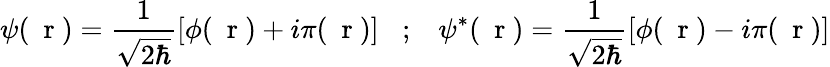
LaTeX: \psi(\mathrm{~\mathbf~r~})=\frac{1}{\sqrt{2\hbar}}[\phi(\mathrm{~\mathbf~r~})+i\pi(\mathrm{~\mathbf~r~})]\; \; \; ;\; \; \; \psi^{*}(\mathrm{~\mathbf~r~})=\frac{1}{\sqrt{2\hbar}}[\phi(\mathrm{~\mathbf~r~})-i\pi(\mathrm{~\mathbf~r~})]